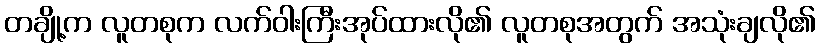
တချို့က လူတစုက လက်ဝါးကြီးအုပ်ထားလို၏ လူတစုအတွက် အသုံးချလို၏